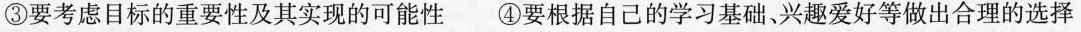
③要考虑目标的重要性及其实现的可能性 ④要根据自己的学习基础、兴趣爱好等做出合理的选择